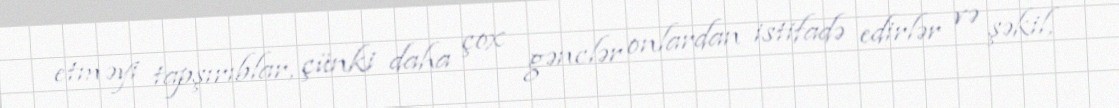
etməyi tapşırıblar, çünki daha çox gənclər onlardan istifadə edirlər və şəkil,